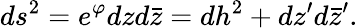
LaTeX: ds^{2}=e^{\varphi}dzd\bar{z}=dh^{2}+dz^{\prime}d\bar{z}^{\prime}.